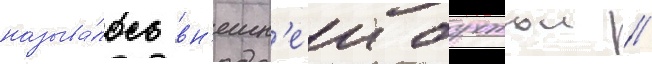
называ́лось вн'ешн'еи бухтои //